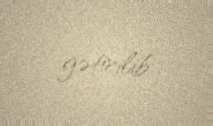
gətirilib.